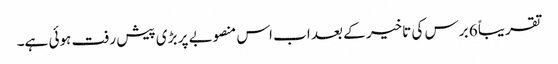
تقریباً 6 برس کی تاخیر کے بعد اب اس منصوبے پر بڑی پیش رفت ہوئی ہے۔